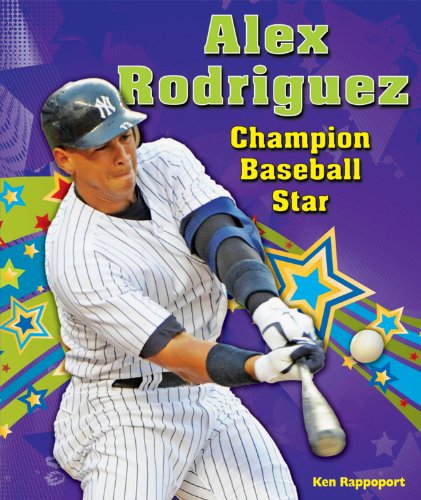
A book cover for Alex Rodriguez: Champion Baseball Star (Sports Star Champions); Ken Rappoport; Teen & Young Adult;